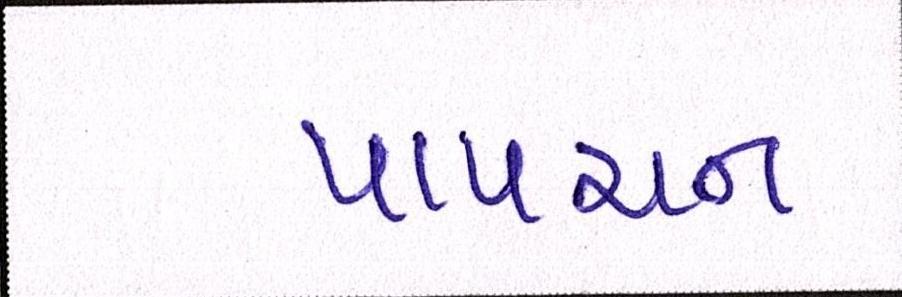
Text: પાપચન